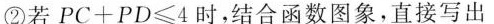
②若$$P C + P D ≤ 4$$时，结合函数图象，直接写出